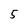
Character: 5